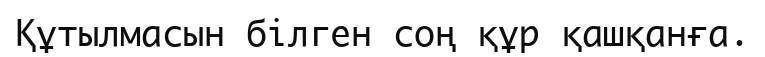
Құтылмасын білген соң құр қашқанға.